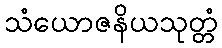
သံယောဇနိယသုတ္တံ